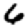
Digit: 6